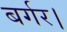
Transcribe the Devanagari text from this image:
बर्गर।